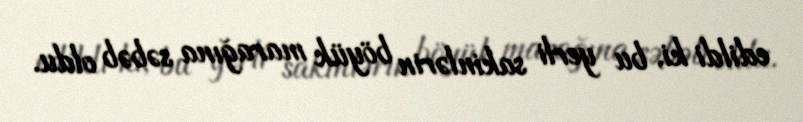
edildi ki, bu yerli sakinlərin böyük marağına səbəb oldu.